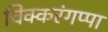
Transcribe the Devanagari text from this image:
चिक्करंगप्पा